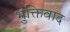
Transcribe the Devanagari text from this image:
भुक्तिवाद